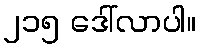
၂၁၅ ဒေါ်လာပါ။